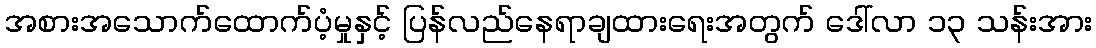
အစားအသောက်ထောက်ပံ့မှုနှင့် ပြန်လည်နေရာချထားရေးအတွက် ဒေါ်လာ ၁၃ သန်းအား